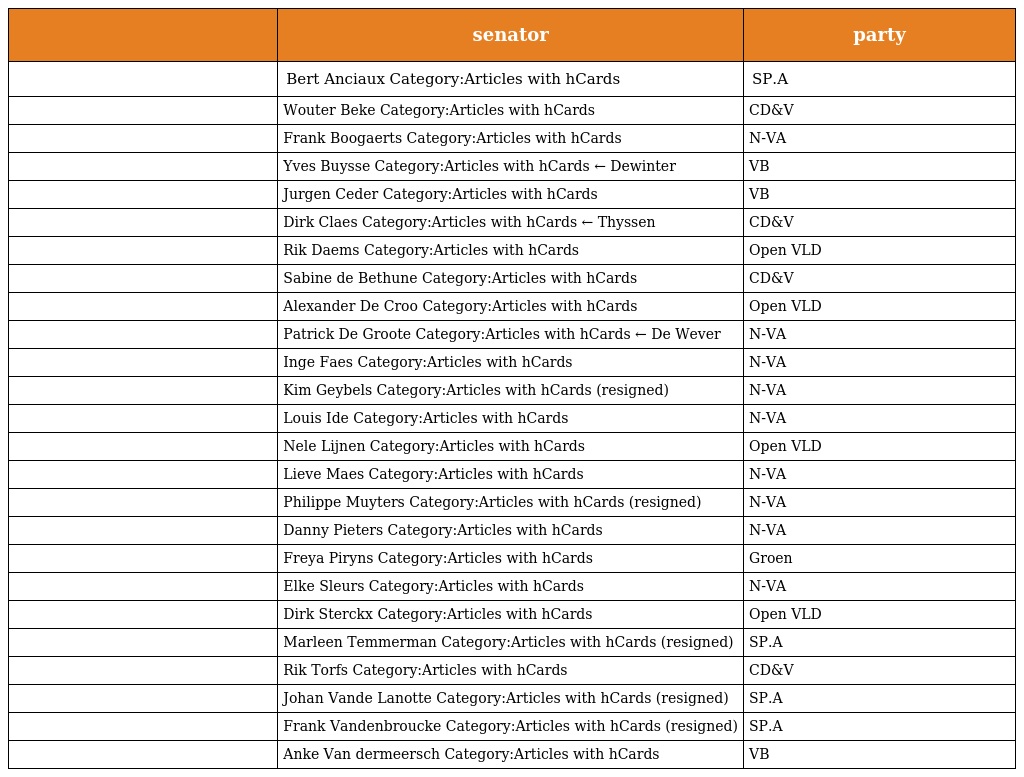
|  | senator | party |
 | --- | --- | --- |
 |  | Bert Anciaux Category:Articles with hCards | SP.A |
 |  | Wouter Beke Category:Articles with hCards | CD&V |
 |  | Frank Boogaerts Category:Articles with hCards | N-VA |
 |  | Yves Buysse Category:Articles with hCards ← Dewinter | VB |
 |  | Jurgen Ceder Category:Articles with hCards | VB |
 |  | Dirk Claes Category:Articles with hCards ← Thyssen | CD&V |
 |  | Rik Daems Category:Articles with hCards | Open VLD |
 |  | Sabine de Bethune Category:Articles with hCards | CD&V |
 |  | Alexander De Croo Category:Articles with hCards | Open VLD |
 |  | Patrick De Groote Category:Articles with hCards ← De Wever | N-VA |
 |  | Inge Faes Category:Articles with hCards | N-VA |
 |  | Kim Geybels Category:Articles with hCards (resigned) | N-VA |
 |  | Louis Ide Category:Articles with hCards | N-VA |
 |  | Nele Lijnen Category:Articles with hCards | Open VLD |
 |  | Lieve Maes Category:Articles with hCards | N-VA |
 |  | Philippe Muyters Category:Articles with hCards (resigned) | N-VA |
 |  | Danny Pieters Category:Articles with hCards | N-VA |
 |  | Freya Piryns Category:Articles with hCards | Groen |
 |  | Elke Sleurs Category:Articles with hCards | N-VA |
 |  | Dirk Sterckx Category:Articles with hCards | Open VLD |
 |  | Marleen Temmerman Category:Articles with hCards (resigned) | SP.A |
 |  | Rik Torfs Category:Articles with hCards | CD&V |
 |  | Johan Vande Lanotte Category:Articles with hCards (resigned) | SP.A |
 |  | Frank Vandenbroucke Category:Articles with hCards (resigned) | SP.A |
 |  | Anke Van dermeersch Category:Articles with hCards | VB |